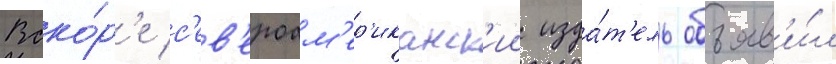
Вско́р'е с'ев'ероам'ер'иканск'ии изда́т'ель объяв'и́л